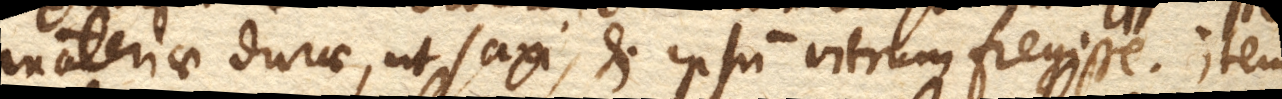
materiae durae, ut saxi, et ipsum vitrum fregisse. Item